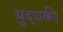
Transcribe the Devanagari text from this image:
युद्धकी